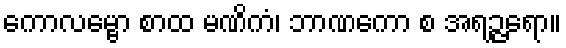
ကောလမ္ဗော စာထ မဏိကံ၊ ဘာဏကော စ အရဉ္ဇရော။